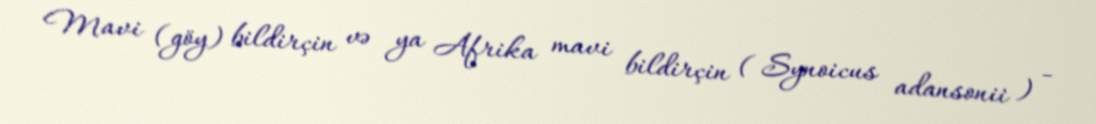
Mavi (göy) bildirçin və ya Afrika mavi bildirçin ( Synoicus adansonii ) -